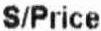
S/PRICE